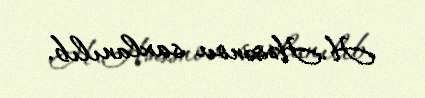
H.Həsənov saxlanılıb.